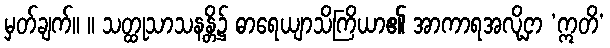
မှတ်ချက်။ ။ သတ္ထုသာသနန္တိ၌ ဓာရေယျာသိကြိယာ၏ အာကာရအလို့ငှာ ‘ဣတိ’